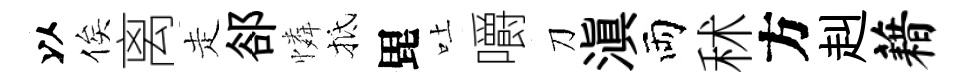
以俟离走郤憐抵毘吐嚼刀滇両秫方赳藉